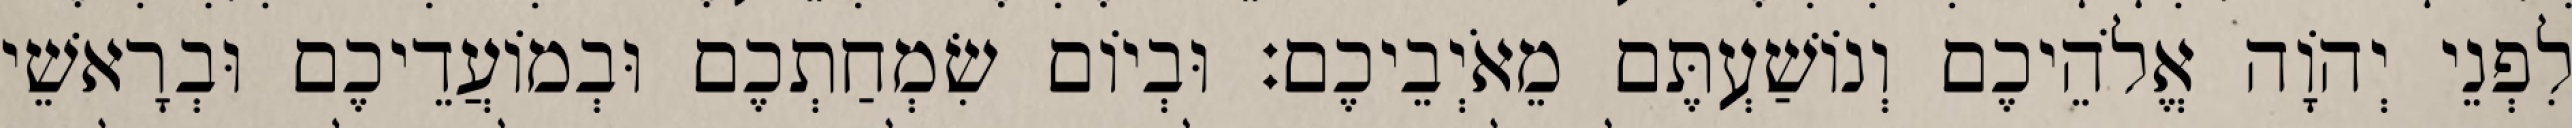
לִפְנֵי יְהוָֹה אֱלֹהֵיכֶם וְנוֹשַׁעְתֶּם מֵאֹיְבֵיכֶם׃ וּבְיוֹם שִׂמְחַתְכֶם וּבְמוֹעֲדֵיכֶם וּבְרָאשֵׁי